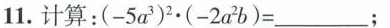
11.计算:$$( - 5 a ^ { 3 } ) ^ { 2 } \cdot ( - 2 a ^ { 2 } b ) = ___$$;